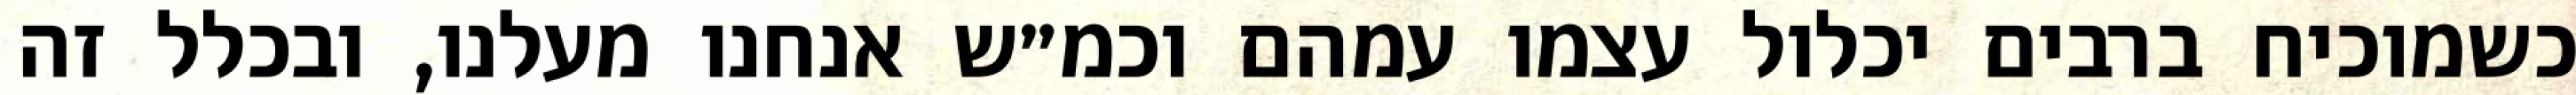
כשמוכיח ברבים יכלול עצמו עמהם וכמ״ש אנחנו מעלנו, ובכלל זה